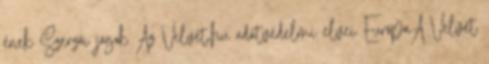
ének Szerzői jogok Az Velvet.hu adatvédelmi elvei EurópaA Velvet